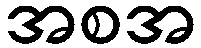
အစအ